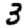
Digit: 3